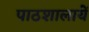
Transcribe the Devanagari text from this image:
पाठशालायें